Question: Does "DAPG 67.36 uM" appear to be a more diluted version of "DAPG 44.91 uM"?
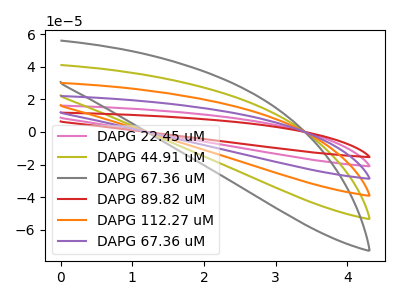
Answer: <think>The pink curve "DAPG 22.45 uM" has no peaks. The olive curve "DAPG 44.91 uM" has no peaks. The gray curve "DAPG 67.36 uM" has no peaks. The red curve "DAPG 89.82 uM" has no peaks. The orange curve "DAPG 112.27 uM" has no peaks. The purple curve "DAPG 67.36 uM" has no peaks.
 Neither "DAPG 67.36 uM" or "DAPG 44.91 uM" have any peaks.</think>
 <answer>I cant tell if "DAPG 67.36 uM" or "DAPG 44.91 uM" has higher concentration.</answer>
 <eval>mixed_concentration</eval>